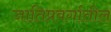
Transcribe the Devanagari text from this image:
जातिप्रवर्गातील